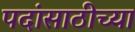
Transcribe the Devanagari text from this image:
पदांसाठीच्या